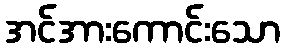
အင်အားကောင်းသော